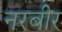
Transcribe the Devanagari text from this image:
नरबीर